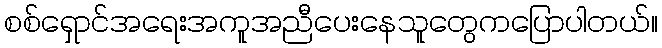
စစ်ရှောင်အရေးအကူအညီပေးနေသူတွေကပြောပါတယ်။